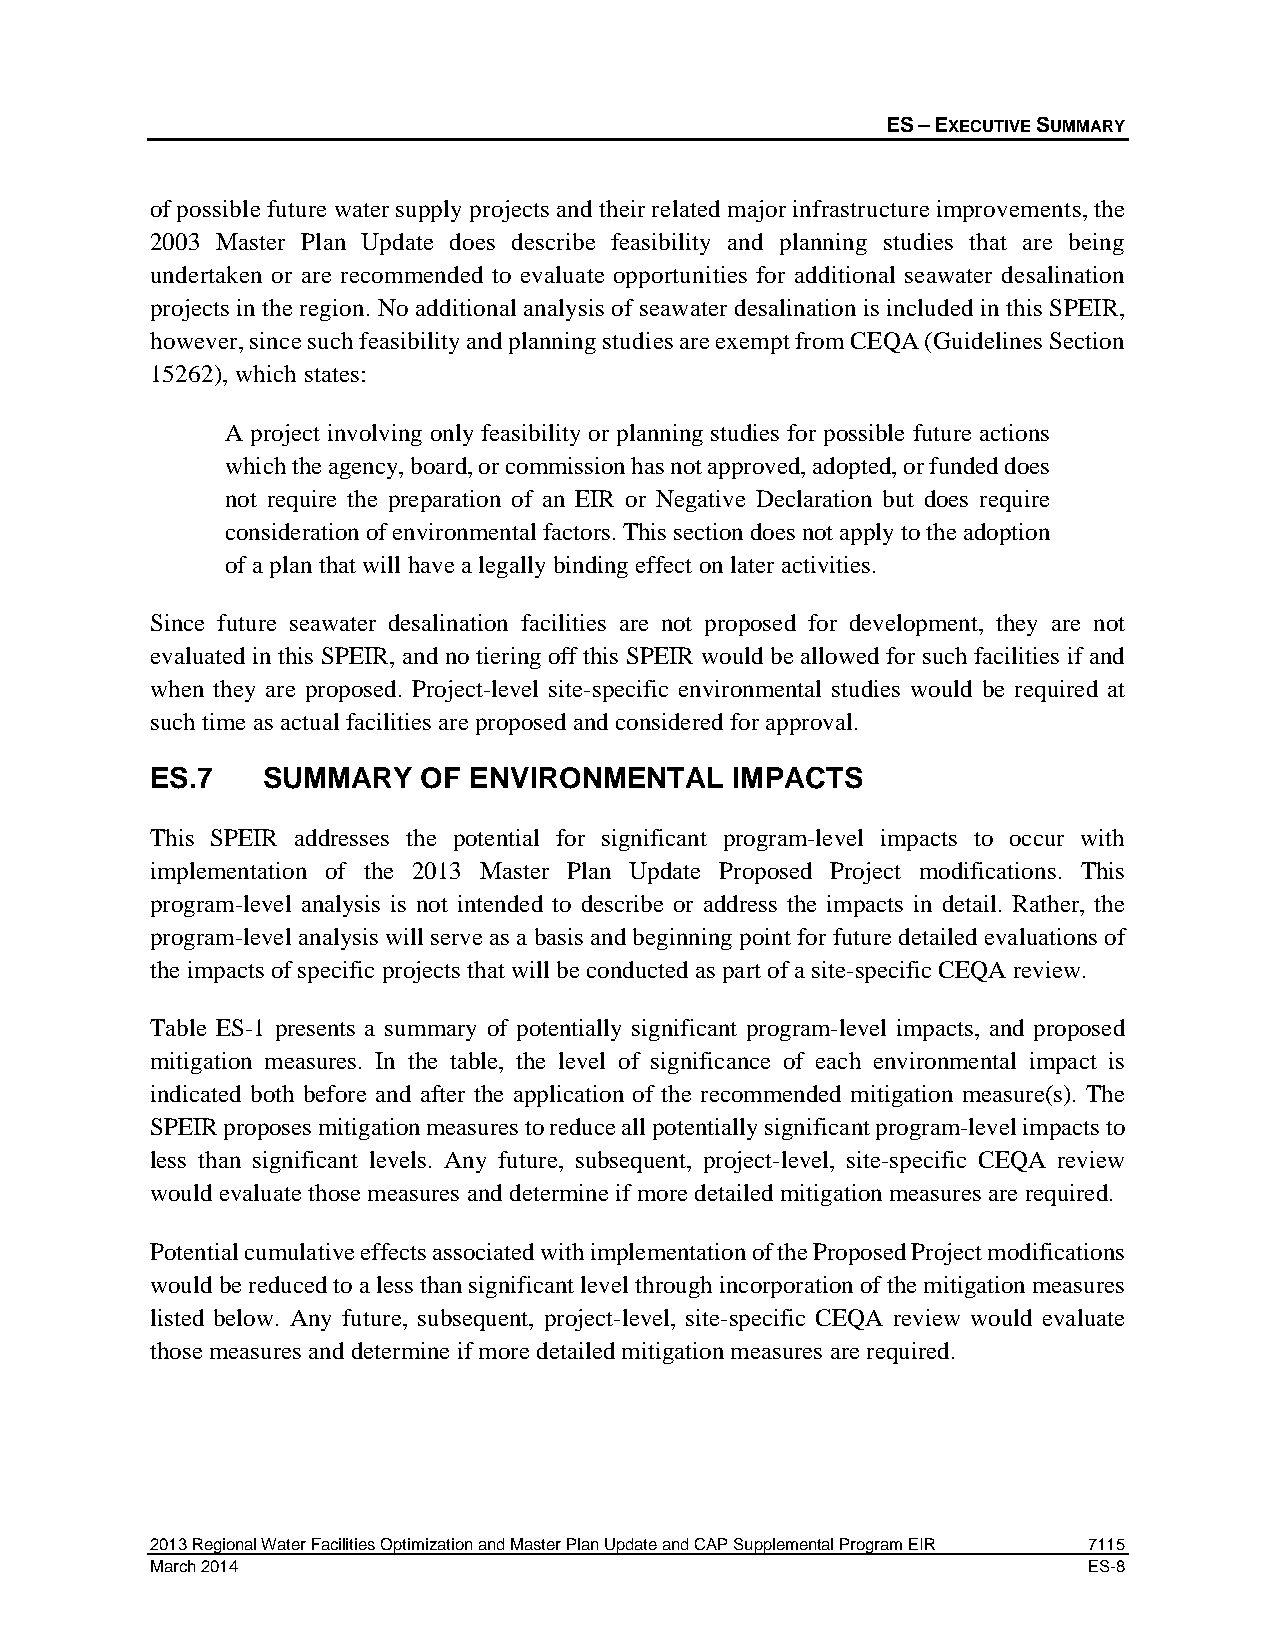
ES – EXECUTIVE SUMMARY
 of possible future water supply projects and their related major infrastructure improvements, the
 2003 Master Plan Update does describe feasibility and planning studies that are being
 undertaken or are recommended to evaluate opportunities for additional seawater desalination
 projects in the region. No additional analysis of seawater desalination is included in this SPEIR,
 however, since such feasibility and planning studies are exempt from CEQA (Guidelines Section
 15262), which states:
 A project involving only feasibility or planning studies for possible future actions
 which the agency, board, or commission has not approved, adopted, or funded does
 not require the preparation of an EIR or Negative Declaration but does require
 consideration of environmental factors. This section does not apply to the adoption
 of a plan that will have a legally binding effect on later activities.
 Since future seawater desalination facilities are not proposed for development, they are not
 evaluated in this SPEIR, and no tiering off this SPEIR would be allowed for such facilities if and
 when they are proposed. Project-level site-specific environmental studies would be required at
 such time as actual facilities are proposed and considered for approval.
 ES.7   SUMMARY    OF ENVIRONMENTAL    IMPACTS
 This SPEIR addresses the potential for significant program-level impacts to occur with
 implementation of the 2013 Master Plan Update Proposed Project modifications. This
 program-level analysis is not intended to describe or address the impacts in detail. Rather, the
 program-level analysis will serve as a basis and beginning point for future detailed evaluations of
 the impacts of specific projects that will be conducted as part of a site-specific CEQA review.
 Table ES-1 presents a summary of potentially significant program-level impacts, and proposed
 mitigation measures. In the table, the level of significance of each environmental impact is
 indicated both before and after the application of the recommended mitigation measure(s). The
 SPEIR proposes mitigation measures to reduce all potentially significant program-level impacts to
 less than significant levels. Any future, subsequent, project-level, site-specific CEQA review
 would evaluate those measures and determine if more detailed mitigation measures are required.
 Potential cumulative effects associated with implementation of the Proposed Project modifications
 would be reduced to a less than significant level through incorporation of the mitigation measures
 listed below. Any future, subsequent, project-level, site-specific CEQA review would evaluate
 those measures and determine if more detailed mitigation measures are required.
 2013 Regional Water Facilities Optimization and Master Plan Update and CAP Supplemental Program EIR 7115
 March 2014                                                    ES-8